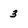
Character: 3